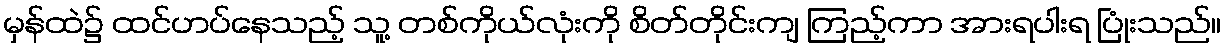
မှန်ထဲ၌ ထင်ဟပ်နေသည့် သူ့ တစ်ကိုယ်လုံးကို စိတ်တိုင်းကျ ကြည့်ကာ အားရပါးရ ပြုံးသည်။